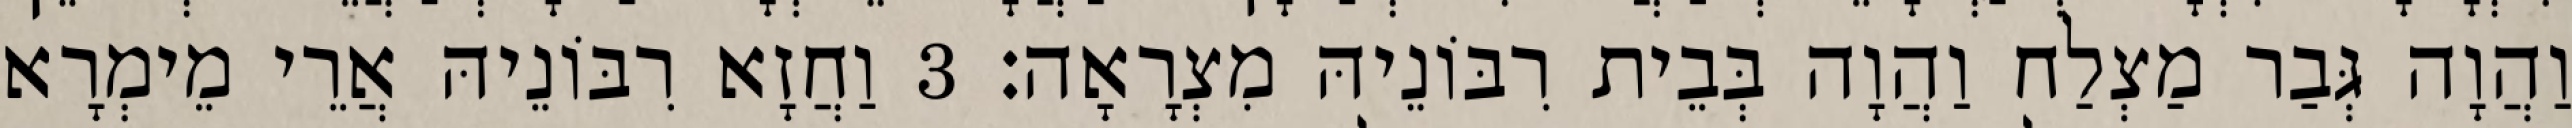
וַהֲוָה גְּבַר מַצְלַח וַהֲוָה בְּבֵית רִבּוֹנֵיהּ מִצְרָאָה׃ 3 וַחֲזָא רִבּוֹנֵיהּ אֲרֵי מֵימְרָא